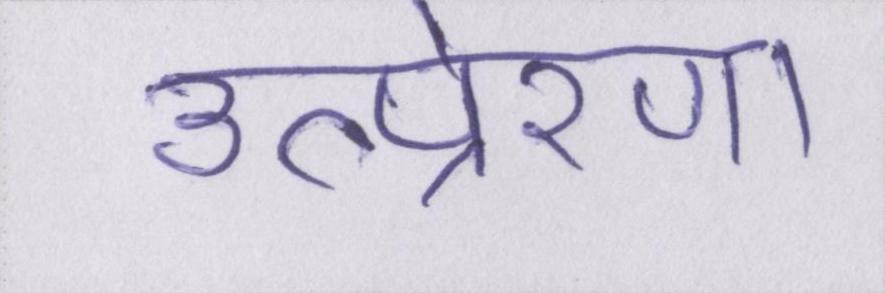
उत्प्रेरणा